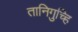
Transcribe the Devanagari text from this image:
तानिगुच्हि